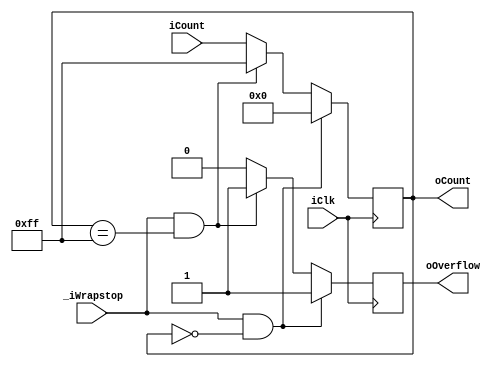
module CircleStop(oCount, iClk, iCount, _iWrapstop, oOverflow);
parameter countWidth = 8;

input _iWrapstop, iClk;
input [countWidth-1:0] iCount;
output oOverflow;
output [countWidth-1:0] oCount;

reg [countWidth-1:0] oCount;
reg oOverflow;

always@(posedge iClk)
begin
   if ((_iWrapstop == 1) && ((oCount == 8'b0000_0000)))
	begin
		oCount    <= 8'b0000_0000;
		oOverflow <= 'b1;
	end
	else if ((_iWrapstop == 1) && (oCount == 8'b1111_1111))
	begin
		oCount    <= 8'b1111_1111;
		oOverflow <= 'b1;
	end
	else
	begin
		oCount    <= iCount;
		oOverflow <= 'b0;
	end
end

endmodule